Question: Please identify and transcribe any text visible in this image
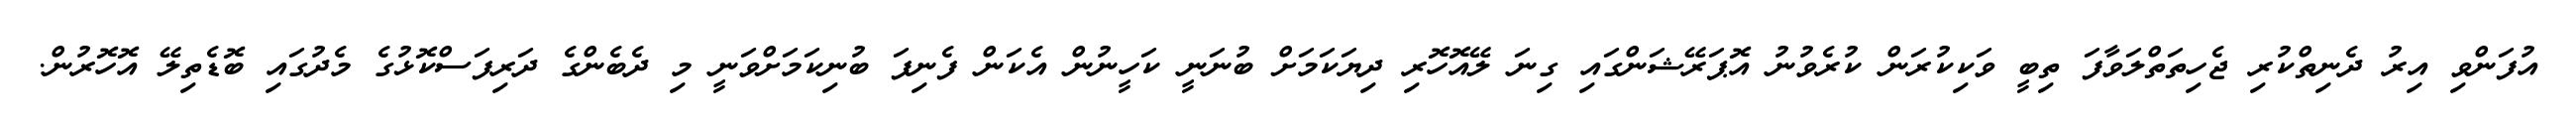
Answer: އުފަންވި އިރު ދެނިތްކުރި ޖެހިތަތްލަވާފަ ތިބީ ވަކިކުރަން ކުރެވުނު އޮޕަރޭޝަންގައި ގިނަ ލޭއޮހޮރި ދިޔަކަމަށް ބުނަނީ ކަހީނުން އެކަން ފެނިފަ ބުނިކަމަށްވަނީ މި ދެބެންގެ ދަރިފަސްކޮޅުގެ މެދުގައި ބޮޑެތިލޭ އޮހޮރުން.